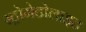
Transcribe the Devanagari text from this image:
स्ट्रोमेटोलाइट